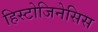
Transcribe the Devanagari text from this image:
हिस्टोजिनेसिस